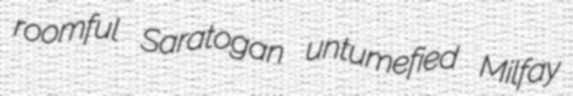
roomful Saratogan untumefied Milfay